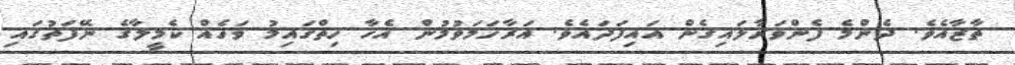
ތާޒާއެވެ. ދެންމެ ފެންވަރާލައިގެން އައިފަދައެވެ. އަރާހަމަވުމުން އެހާ ހިތްގައިމު ވަހެއް ކެމީލާގެ ނޭފަތުގައި